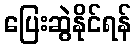
ပြေးဆွဲနိုင်ရန်